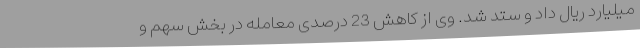
میلیارد ریال داد و ستد شد. وی از کاهش 23 درصدی معامله در بخش سهم و